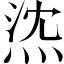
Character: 𤉠